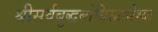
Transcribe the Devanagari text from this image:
श्रीसर्वबुद्धबोधिसत्त्वेभ्यः